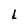
Character: L